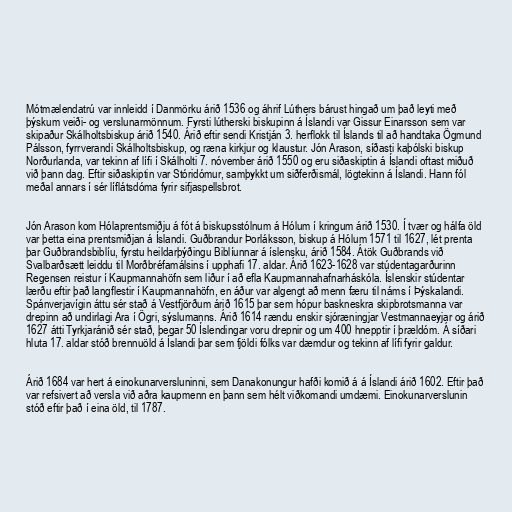
Mótmælendatrú var innleidd í Danmörku árið 1536 og áhrif Lúthers bárust hingað um það leyti með
þýskum veiði- og verslunarmönnum. Fyrsti lútherski biskupinn á Íslandi var Gissur Einarsson sem var
skipaður Skálholtsbiskup árið 1540. Árið eftir sendi Kristján 3. herflokk til Íslands til að handtaka Ögmund
Pálsson, fyrrverandi Skálholtsbiskup, og ræna kirkjur og klaustur. Jón Arason, síðasti kaþólski biskup
Norðurlanda, var tekinn af lífi í Skálholti 7. nóvember árið 1550 og eru siðaskiptin á Íslandi oftast miðuð
við þann dag. Eftir siðaskiptin var Stóridómur, samþykkt um siðferðismál, lögtekinn á Íslandi. Hann fól
meðal annars í sér líflátsdóma fyrir sifjaspellsbrot.

Jón Arason kom Hólaprentsmiðju á fót á biskupsstólnum á Hólum í kringum árið 1530. Í tvær og hálfa öld
var þetta eina prentsmiðjan á Íslandi. Guðbrandur Þorláksson, biskup á Hólum 1571 til 1627, lét prenta
þar Guðbrandsbiblíu, fyrstu heildarþýðingu Biblíunnar á íslensku, árið 1584. Átök Guðbrands við
Svalbarðsætt leiddu til Morðbréfamálsins í upphafi 17. aldar. Árið 1623-1628 var stúdentagarðurinn
Regensen reistur í Kaupmannahöfn sem liður í að efla Kaupmannahafnarháskóla. Íslenskir stúdentar
lærðu eftir það langflestir í Kaupmannahöfn, en áður var algengt að menn færu til náms í Þýskalandi.
Spánverjavígin áttu sér stað á Vestfjörðum árið 1615 þar sem hópur baskneskra skipbrotsmanna var
drepinn að undirlagi Ara í Ögri, sýslumanns. Árið 1614 rændu enskir sjóræningjar Vestmannaeyjar og árið
1627 átti Tyrkjaránið sér stað, þegar 50 Íslendingar voru drepnir og um 400 hnepptir í þrældóm. Á síðari
hluta 17. aldar stóð brennuöld á Íslandi þar sem fjöldi fólks var dæmdur og tekinn af lífi fyrir galdur.

Árið 1684 var hert á einokunarversluninni, sem Danakonungur hafði komið á á Íslandi árið 1602. Eftir það
var refsivert að versla við aðra kaupmenn en þann sem hélt viðkomandi umdæmi. Einokunarverslunin
stóð eftir það í eina öld, til 1787.